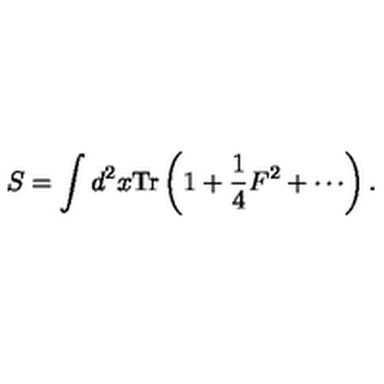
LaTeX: S = \int d ^ { 2 } x \mathrm { T r } \left( 1 + \frac { 1 } { 4 } F ^ { 2 } + \cdots \right) .